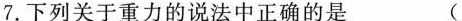
7.下列关于重力的说法中正确的是（